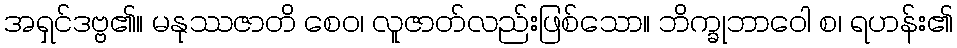
အရှင်ဒဗ္ဗ၏။ မနုဿဇာတိ စေဝ၊ လူဇာတ်လည်းဖြစ်သော။ ဘိက္ခုဘာဝေါ စ၊ ရဟန်း၏